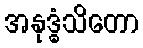
အနုဒ္ဓံသိတော